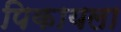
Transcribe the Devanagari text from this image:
पिकायला